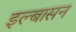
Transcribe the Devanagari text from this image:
इल्बासन